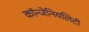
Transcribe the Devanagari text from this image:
कॉन्जेनियलिटी